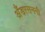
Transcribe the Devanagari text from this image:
अँडरसननी